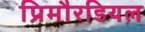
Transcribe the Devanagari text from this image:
प्रिमौरडियल